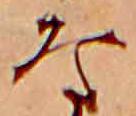
な